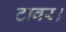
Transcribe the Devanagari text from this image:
टावर।